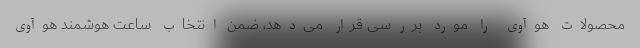
محصولات هوآوی را مورد بررسی قرار می‌دهد، ضمن انتخاب ساعت هوشمند هوآوی